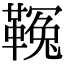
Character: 𩌑